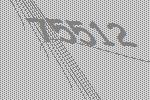
75512